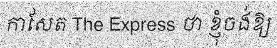
កាសែត The Express ថា ខ្ញុំចង់ឱ្យ